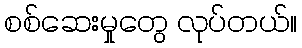
စစ်ဆေးမှုတွေ လုပ်တယ်။